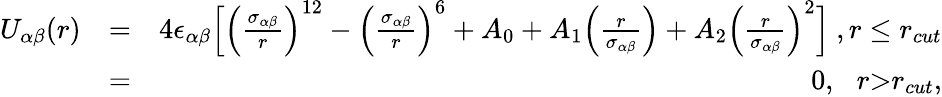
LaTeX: \begin{array}{rlr}{U_{\alpha\beta}(r)}&{=}&{4\epsilon_{\alpha\beta}\Big[\Big(\frac{\sigma_{\alpha\beta}}{r}\Big)^{12}-\Big(\frac{\sigma_{\alpha\beta}}{r}\Big)^{6}+A_{0}+A_{1}\Big(\frac{r}{\sigma_{\alpha\beta}}\Big)+A_{2}\Big(\frac{r}{\sigma_{\alpha\beta}}\Big)^{2}\Big]\ ,r\le r_{cut}}\\ &{=}&{0,\, ~~{r\textgreater r_{cut}},}\end{array}